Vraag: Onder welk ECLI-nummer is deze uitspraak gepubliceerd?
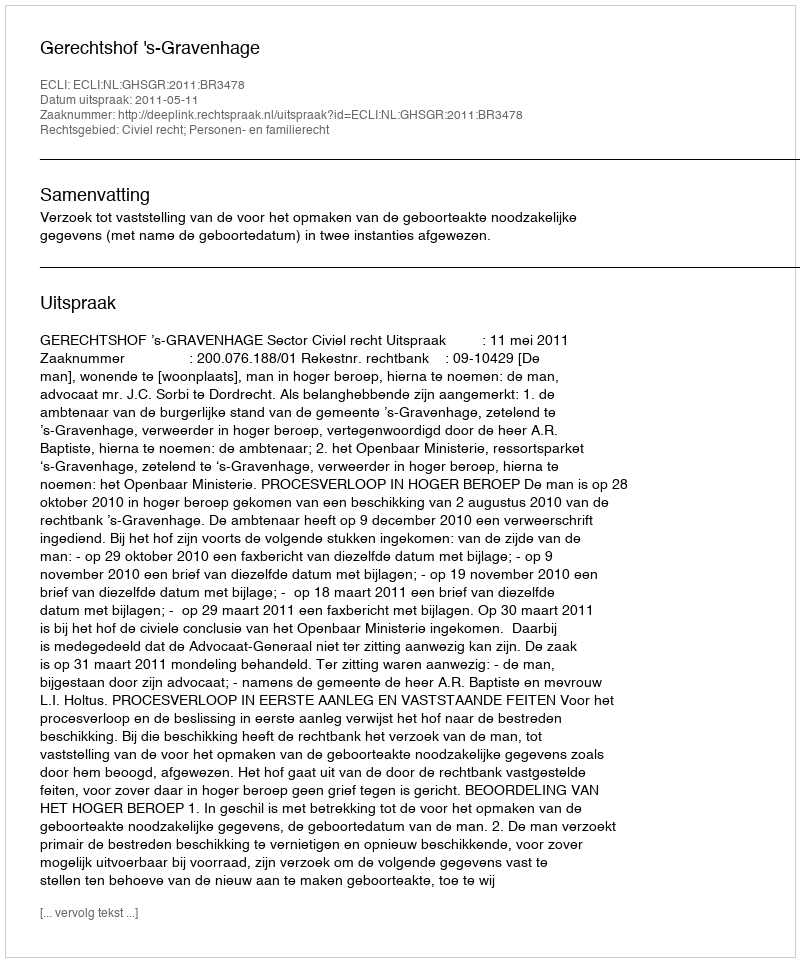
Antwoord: ECLI:NL:GHSGR:2011:BR3478